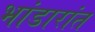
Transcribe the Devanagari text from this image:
भांडारांत